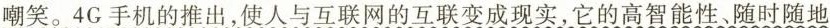
嘲笑。4G手机的推出，使人与互联网的互联变成现实，它的高智能性随时随地